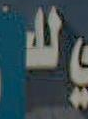
لله